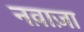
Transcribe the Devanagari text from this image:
नव़ाज़ा